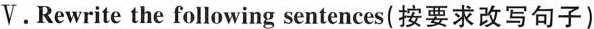
V.Rewrite the following sentences(按要求改写句子)